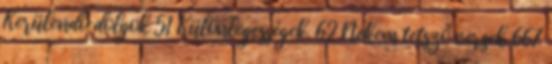
Kerülendő dolgok 51 Különlegességek. 62 Nekem tetsző versek 667